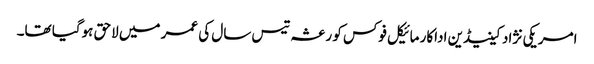
امریکی نژاد کینیڈین اداکار مائیکل فوکس کو رعشہ تیس سال کی عمر میں لاحق ہوگیا تھا۔